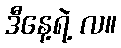
ဒီနေ့ရဲ့ လ။